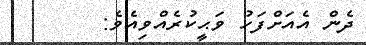
ދެން އެއަށްފަހު ވަޙީކުރެއްވިއެވެ: